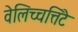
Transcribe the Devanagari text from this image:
वेलिच्चत्तिंटे